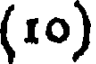
(10)